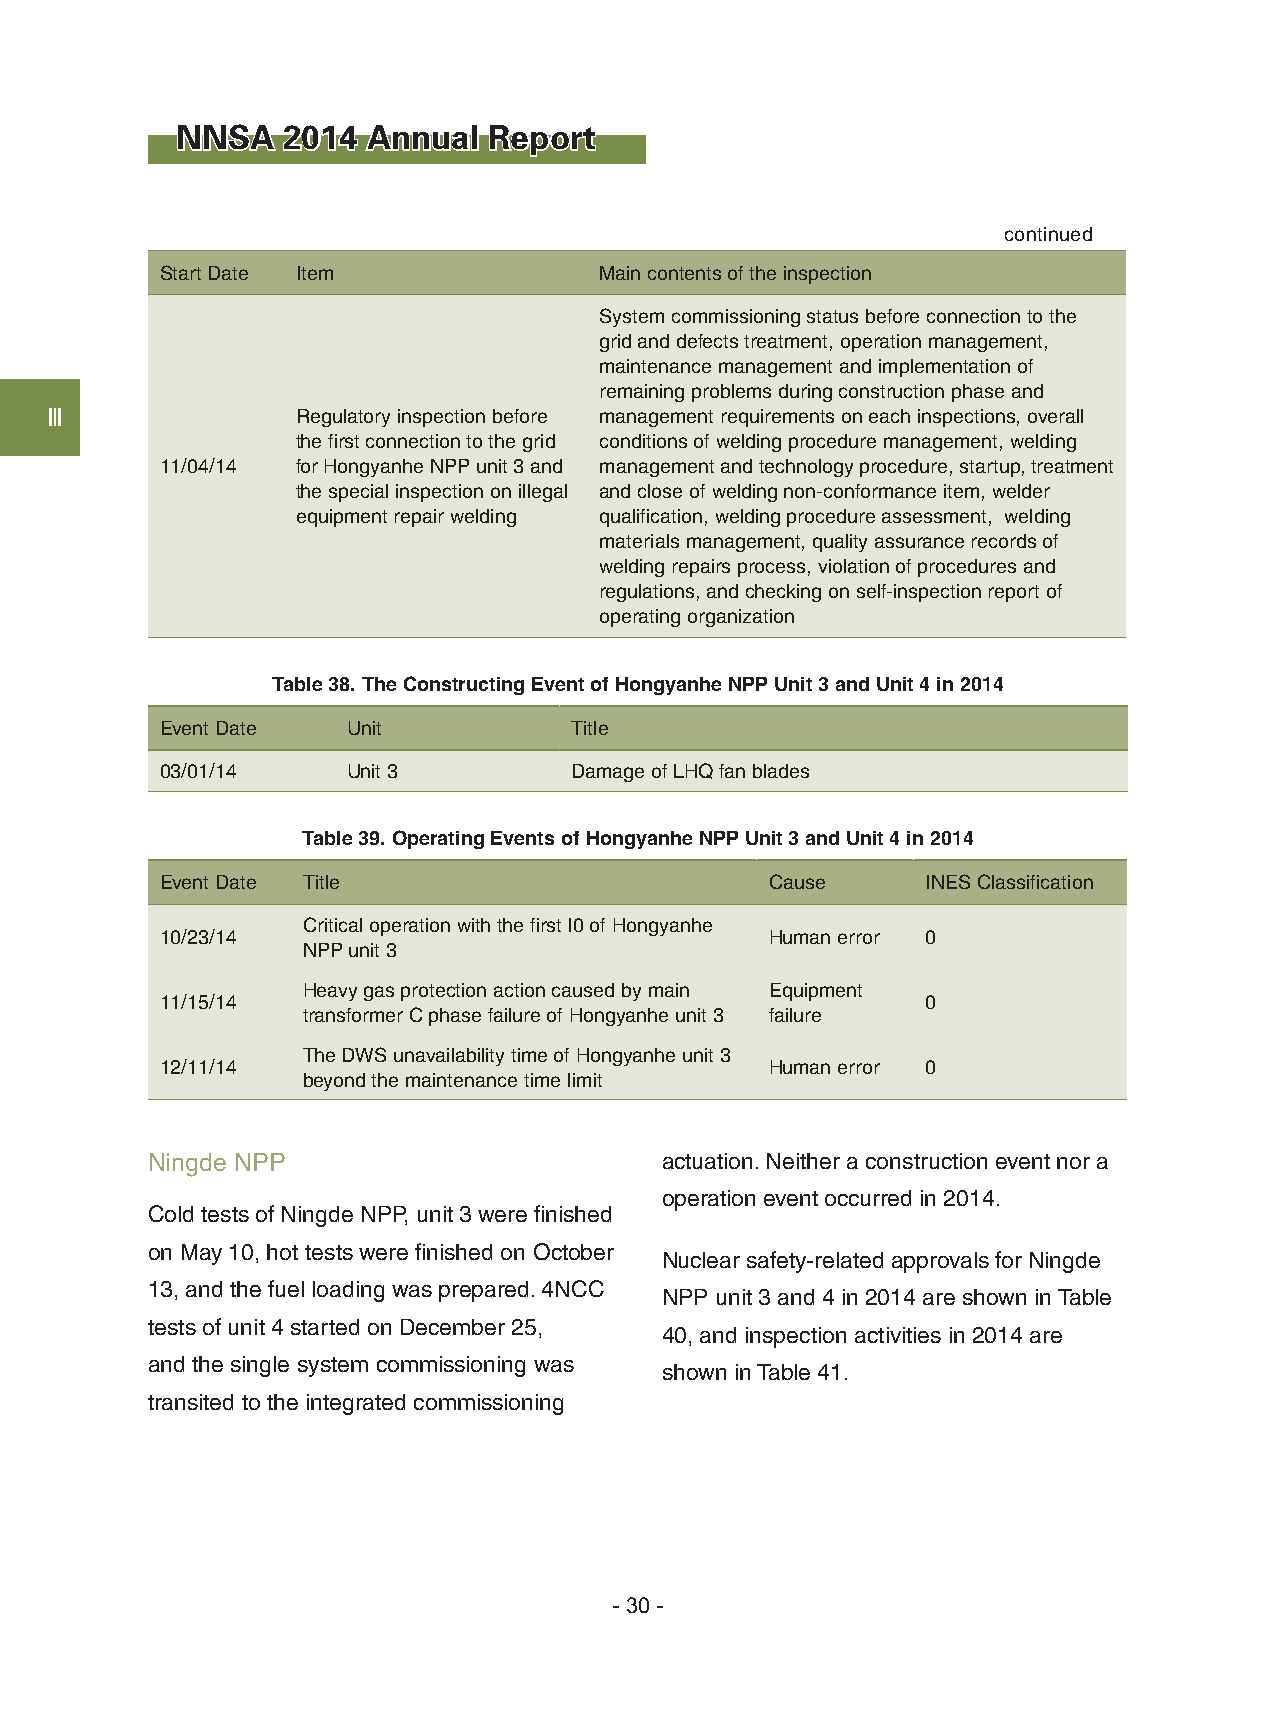
NNSA   2014 Annual  Report
 continued
 Start Date Item              Main contents of the inspection
 System commissioning status before connection to the
 grid and defects treatment, operation management,
 maintenance management and implementation of
 remaining problems during construction phase and
 Ⅲ                Regulatory inspection before management requirements on each inspections, overall
 the first connection to the grid conditions of welding procedure management, welding
 11/04/14 for Hongyanhe NPP unit 3 and management and technology procedure, startup, treatment
 the special inspection on illegal and close of welding non-conformance item, welder
 equipment repair welding qualification, welding procedure assessment, welding
 materials management, quality assurance records of
 welding repairs process, violation of procedures and
 regulations, and checking on self-inspection report of
 operating organization
 Table 38. The Constructing Event of Hongyanhe NPP Unit 3 and Unit 4 in 2014
 Event Date  Unit           Title
 03/01/14    Unit 3         Damage of LHQ fan blades
 Table 39. Operating Events of Hongyanhe NPP Unit 3 and Unit 4 in 2014
 Event Date Title                        Cause     INES Classification
 Critical operation with the first I0 of Hongyanhe
 10/23/14                                Human error 0
 NPP unit 3
 Heavy gas protection action caused by main Equipment
 11/15/14                                          0
 transformer C phase failure of Hongyanhe unit 3 failure
 The DWS unavailability time of Hongyanhe unit 3
 12/11/14                                Human error 0
 beyond the maintenance time limit
 Ningde NPP                        actuation. Neither a construction event nor a
 operation event occurred in 2014.
 Cold tests of Ningde NPP, unit 3 were finished
 on May 10, hot tests were finished on October
 Nuclear safety-related approvals for Ningde
 13, and the fuel loading was prepared. 4NCC
 NPP unit 3 and 4 in 2014 are shown in Table
 tests of unit 4 started on December 25,
 40, and inspection activities in 2014 are
 and the single system commissioning was
 shown in Table 41.
 transited to the integrated commissioning
 - 30 -